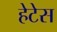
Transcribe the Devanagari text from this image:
हेटेस